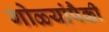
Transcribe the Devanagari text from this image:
गोळ्यांपैकी